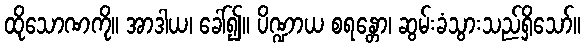
ထိုသောဏကို။ အာဒါယ၊ ခေါ်၍။ ပိဏ္ဍာယ စရန္တော၊ ဆွမ်းခံသွားသည်ရှိသော်။